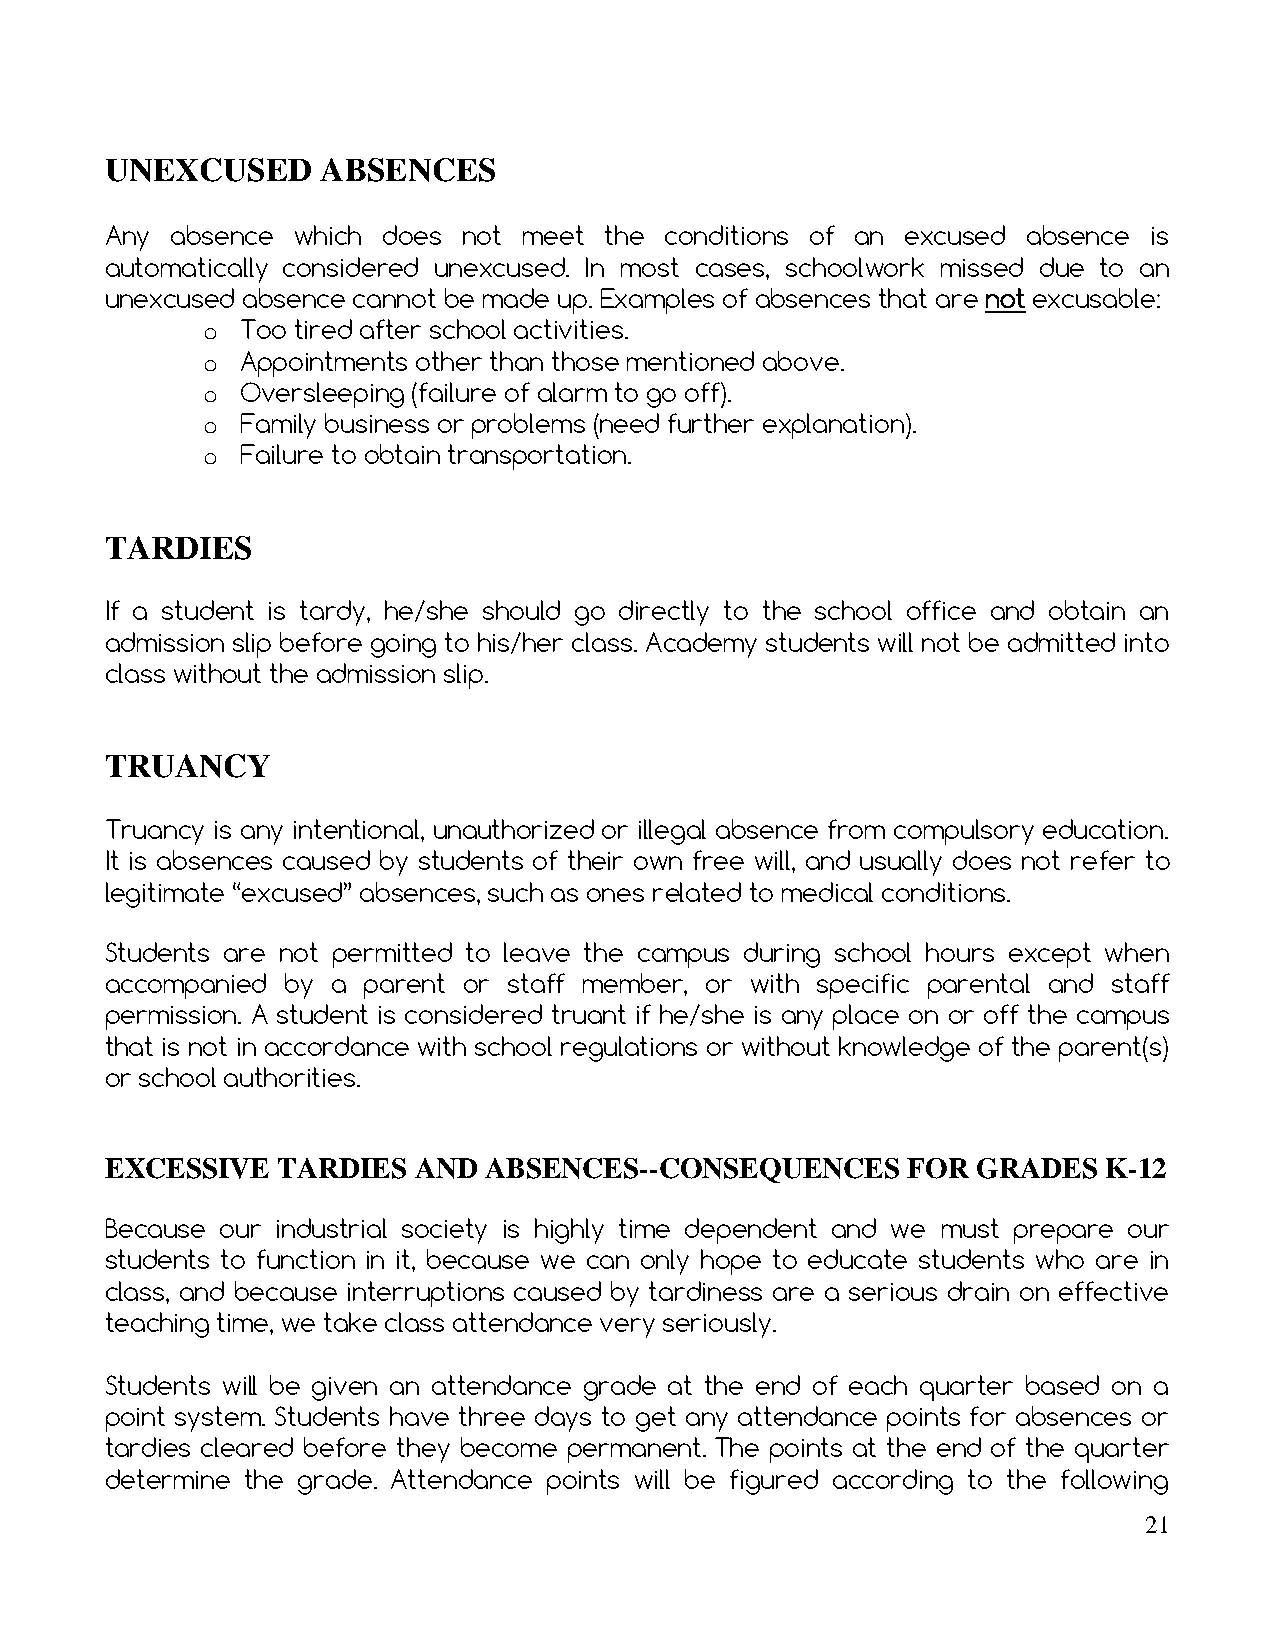
UNEXCUSED     ABSENCES
 Any absence  which does not meet the conditions of an excused absence is
 automatically considered unexcused. In most cases, schoolwork missed due to an
 unexcused absence cannot be made up. Examples of absences that are not excusable:
 o  Too tired after school activities.
 o  Appointments other than those mentioned above.
 o  Oversleeping (failure of alarm to go off).
 o  Family business or problems (need further explanation).
 o  Failure to obtain transportation.
 TARDIES
 If a student is tardy, he/she should go directly to the school office and obtain an
 admission slip before going to his/her class. Academy students will not be admitted into
 class without the admission slip.
 TRUANCY
 Truancy is any intentional, unauthorized or illegal absence from compulsory education.
 It is absences caused by students of their own free will, and usually does not refer to
 legitimate “excused” absences, such as ones related to medical conditions.
 Students are not permitted to leave the campus during school hours except when
 accompanied by a parent or staff member, or with specific parental and staff
 permission. A student is considered truant if he/she is any place on or off the campus
 that is not in accordance with school regulations or without knowledge of the parent(s)
 or school authorities.
 EXCESSIVE  TARDIES  AND  ABSENCES--CONSEQUENCES      FOR  GRADES  K-12
 Because our industrial society is highly time dependent and we must prepare our
 students to function in it, because we can only hope to educate students who are in
 class, and because interruptions caused by tardiness are a serious drain on effective
 teaching time, we take class attendance very seriously.
 Students will be given an attendance grade at the end of each quarter based on a
 point system. Students have three days to get any attendance points for absences or
 tardies cleared before they become permanent. The points at the end of the quarter
 determine the grade. Attendance points will be figured according to the following
 21